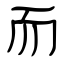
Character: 而